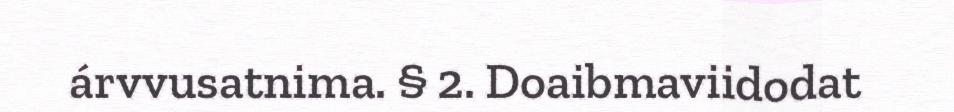
árvvusatnima. § 2. Doaibmaviidodat